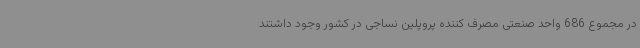
در مجموع 686 واحد صنعتی مصرف کننده پروپلین نساجی در کشور وجود داشتند